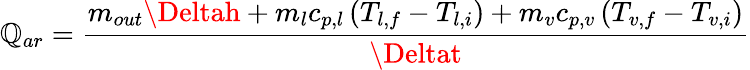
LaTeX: \mathbb{Q}_{ar}=\frac{{m_{out}\Deltah+m_{l}c_{p,l}\left(T_{l,f}-T_{l,i}\right)+m_{v}c_{p,v}\left(T_{v,f}-T_{v,i}\right)}}{{\Deltat}}